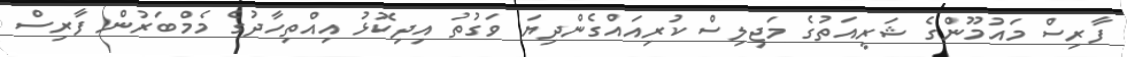
ފާރިސް މައުމޫންގެ ޝަރީއަތުގެ މަޖިލިސް ކުރިއައްގެންދިޔަ ވަގުތު އިދިކޮޅު އިއްތިހާދުގެ މެމްބަރުން ފާރިސް